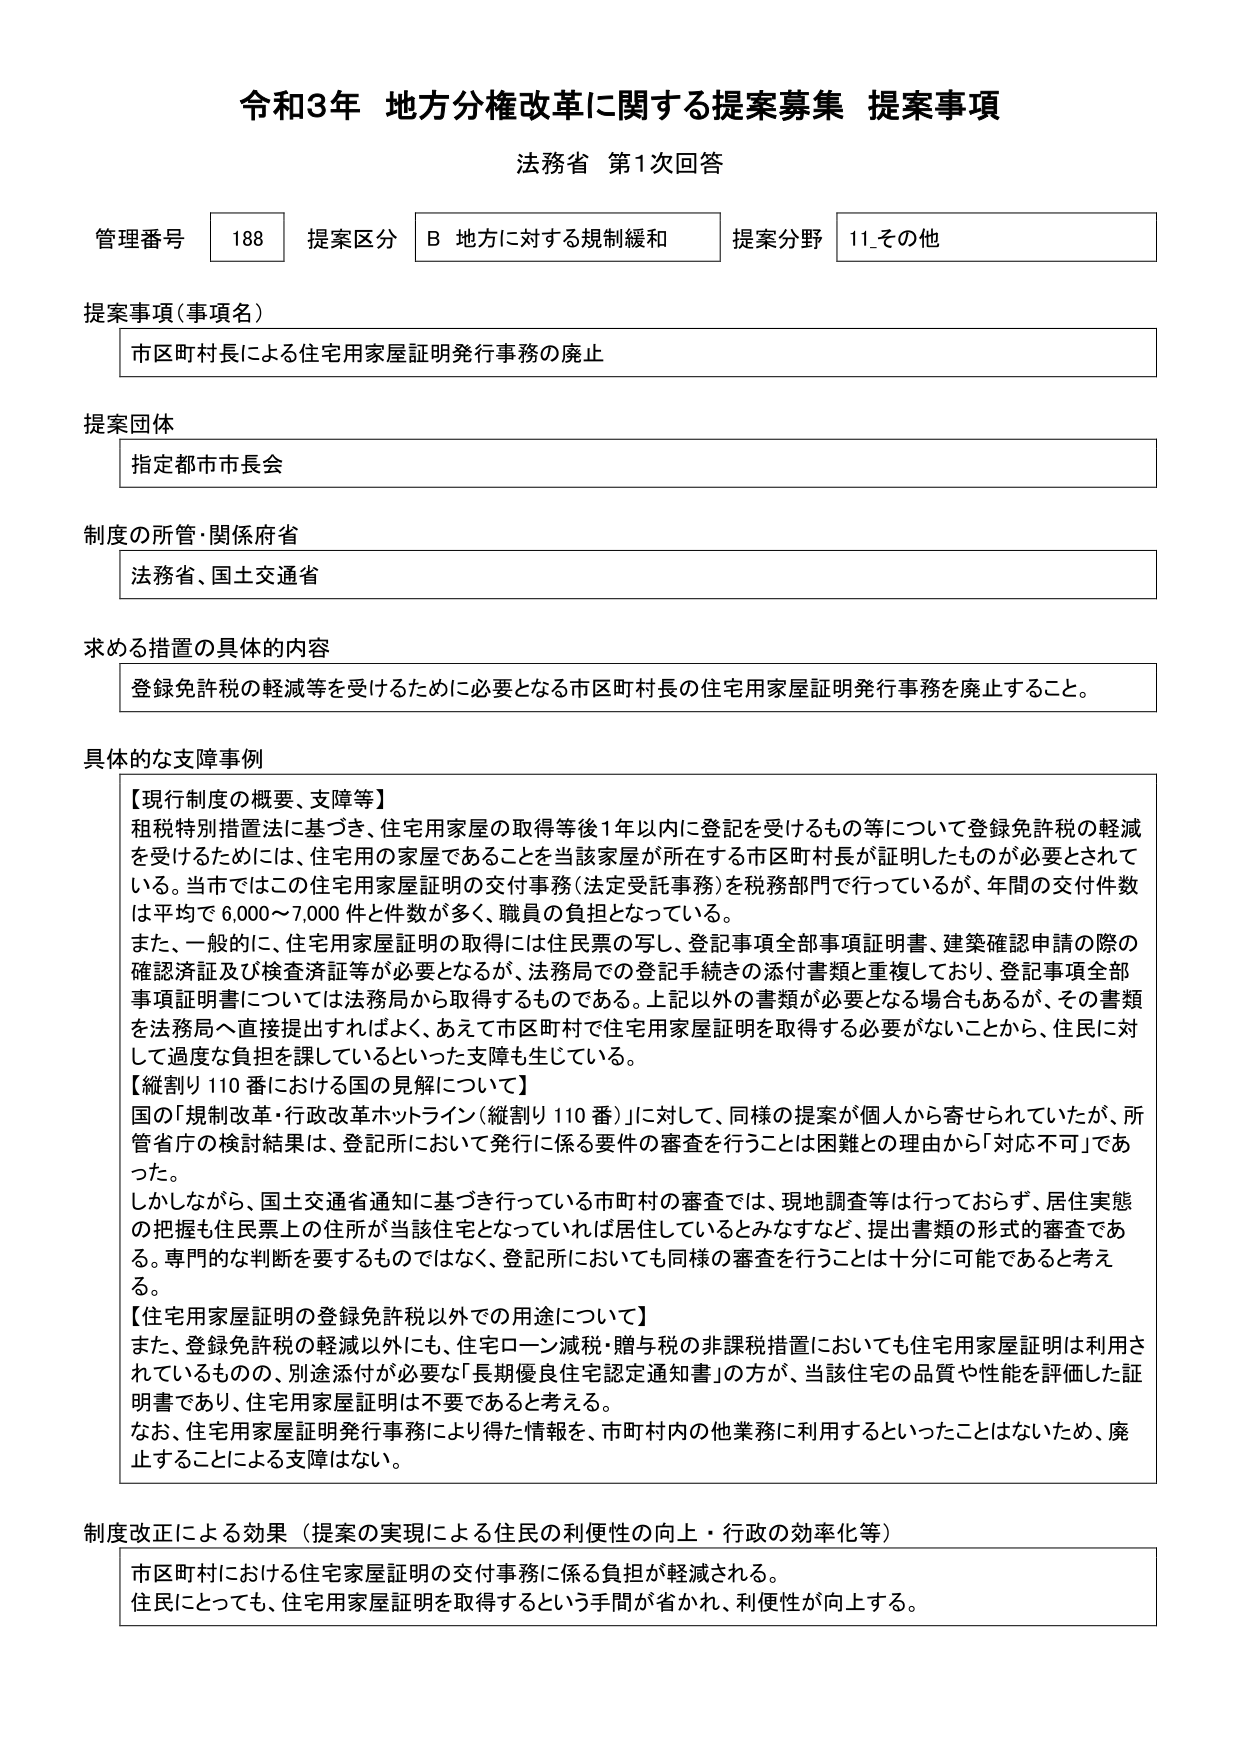
令和3年 地方分権改革に関する提案募集 提案事項
法務省 第1次回答

管理番号 188 提案区分 B 地方に対する規制緩和 提案分野 11_その他

提案事項（事項名）
市区町村長による住宅用家屋証明発行事務の廃止

提案団体
指定都市市長会

制度の所管・関係府省
法務省、国土交通省

求める措置の具体的内容
登録免許税の軽減等を受けるために必要となる市区町村長の住宅用家屋証明発行事務を廃止すること。

具体的な支障事例
【現行制度の概要、支障等】
租税特別措置法に基づき、住宅用家屋の取得等後1年以内に登記を受けるもの等について登録免許税の軽減を受けるためには、住宅用の家屋であることを当該家屋が所在する市区町村長が証明したものが必要とされている。当市ではこの住宅用家屋証明の交付事務（法定受託事務）を税務部門で行っているが、年間の交付件数は平均で6,000～7,000件と件数が多く、職員の負担となっている。
また、一般的に、住宅用家屋証明の取得には住民票の写し、登記事項全部事項証明書、建築確認申請の際の確認済証及び検査済証等が必要となるが、法務局での登記手続きの添付書類と重複しており、登記事項全部事項証明書については法務局から取得するものである。上記以外の書類が必要となる場合もあるが、その書類を法務局へ直接提出すればよく、あえて市区町村で住宅用家屋証明を取得する必要がないことから、住民に対して過度な負担を課しているといった支障を生じている。
【縦割り110番における国の見解について】
国の「規制改革・行政改革ホットライン（縦割り110番）」に対して、同様の提案が個人から寄せられていたが、所管省庁の検討結果は、登記所において発行に係る要件の審査を行うことは困難との理由から「対応不可」であった。
しかしながら、国土交通省通知に基づき行っている市町村の審査では、現地調査等は行っておらず、居住実態の把握も住民票上の住所が当該住宅となっていれば居住しているとみなすなど、提出書類の形式的審査である。専門的な判断を要するものではなく、登記所においても同様の審査を行うことは十分に可能であると考える。
【住宅用家屋証明の登録免許税以外での用途について】
また、登録免許税の軽減以外にも、住宅ローン減税・贈与税の非課税措置においても住宅用家屋証明は利用されているものの、別途添付が必要な「長期優良住宅認定通知書」の方が、当該住宅の品質や性能を評価した証明書であり、住宅用家屋証明は不要であると考える。
なお、住宅用家屋証明発行事務により得た情報を、市町村内の他業務に利用するといったことはないため、廃止することによる支障はない。

制度改正による効果（提案の実現による住民の利便性の向上・行政の効率化等）
市区町村における住宅家屋証明の交付事務に係る負担が軽減される。
住民にとっても、住宅用家屋証明を取得するという手間が省かれ、利便性が向上する。